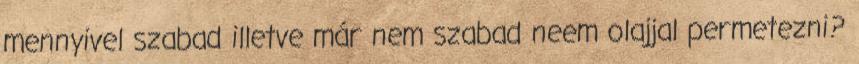
mennyivel szabad illetve már nem szabad neem olajjal permetezni?